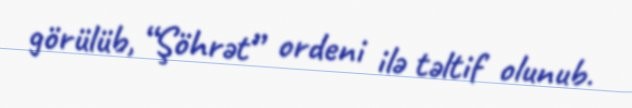
görülüb, “Şöhrət” ordeni ilə təltif olunub.